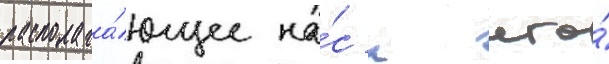
располага́ющее на́с к его́